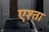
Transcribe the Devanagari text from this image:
एश्ता